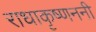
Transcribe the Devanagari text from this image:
राधाकृष्णननी